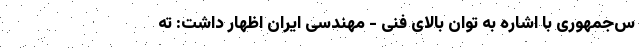
س‌جمهوری با اشاره به توان بالای فنی - مهندسی ایران اظهار داشت: ته